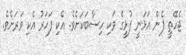
ޖެހޭތީ ފެން އަޅަނީ ފުޅީގެ ވަކި ހިސާބަކަށެވެ. އެކި ފަހަރު އެކި ވަރަށެވެ.